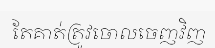
តែគាត់ត្រូវចោលចេញវិញ